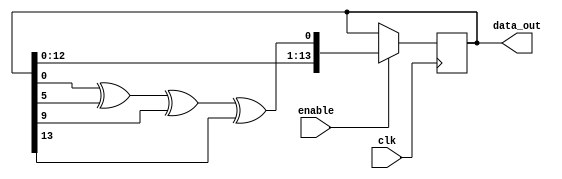
module LFSR_16 (data_out,clk,enable);

  output [14:1] data_out;
  input clk;
  input enable;
  reg [14:1] sreg;
  initial sreg=14'b1;
  always @(posedge clk)
			if(enable==1)
			sreg <= {sreg[13:1], sreg[1]^sreg[6]^sreg[10]^sreg[14]};

	assign data_out= sreg;
endmodule